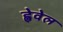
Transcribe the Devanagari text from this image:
ह्वेवेल